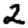
Digit: 2